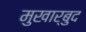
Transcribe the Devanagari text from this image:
मुखार्बुद